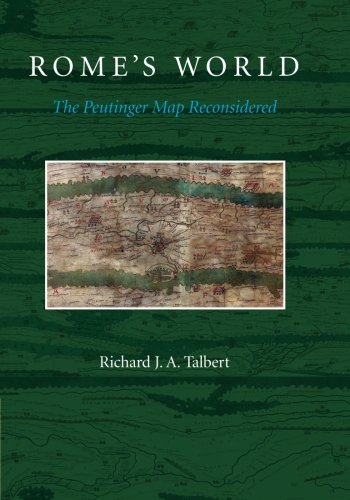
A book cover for Rome's World: The Peutinger Map Reconsidered; Richard J. A. Talbert; Science & Math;